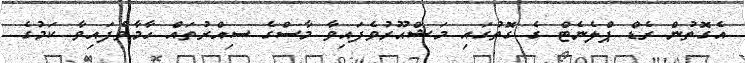
އެގޮތުން ރެޑް ޕްލެނެޓް ގެ ގޮތުގައި މަޝްޙޫރުވެފައިވާ މާސްގެ ސިއްރުތައް ހާމާވެފައިވާ ކަމުގެ